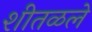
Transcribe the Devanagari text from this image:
शीतळले